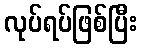
လုပ်ရပ်ဖြစ်ပြီး